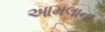
આમલાના